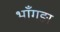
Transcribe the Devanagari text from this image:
भाँगङा